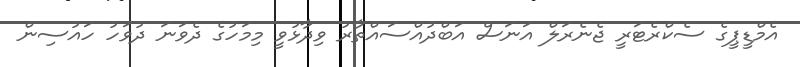
އެމްޑީޕީގެ ސެކްރެޓަރީ ޖެނެރަލް އަނަސް އަބްދުއްސައްތާރު ވިދާޅުވީ މިމަހުގެ ދެވަނަ ދުވަހު ހައުސިން